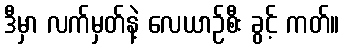
ဒီမှာ လက်မှတ်နဲ့ လေယာဉ်စီး ခွင့် ကတ်။